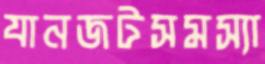
যানজটসমস্যা